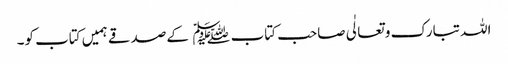
اللہ تبارک و تعالٰی صاحب کتاب﷑ کےصدقے ہمیں کتاب کو۔